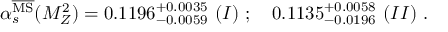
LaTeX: \alpha _ { s } ^ { { \overline { { \mathrm { M S } } } } } ( M _ { Z } ^ { 2 } ) = 0 . 1 1 9 6 _ { - 0 . 0 0 5 9 } ^ { + 0 . 0 0 3 5 } \ ( I ) \ ; \quad 0 . 1 1 3 5 _ { - 0 . 0 1 9 6 } ^ { + 0 . 0 0 5 8 } \ ( I I ) \ .